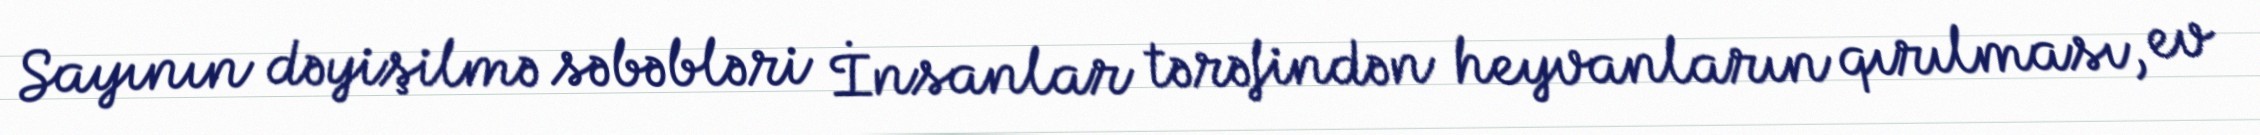
Sayının dəyişilmə səbəbləri İnsanlar tərəfindən heyvanların qırılması, ev